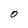
Character: O